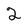
Character: 2